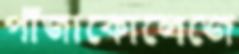
পাঁজাকোলেজে